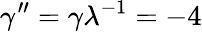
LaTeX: \gamma^{\prime\prime}=\gamma\lambda^{-1}=-4